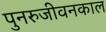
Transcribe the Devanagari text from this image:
पुनरुजीवनकाल